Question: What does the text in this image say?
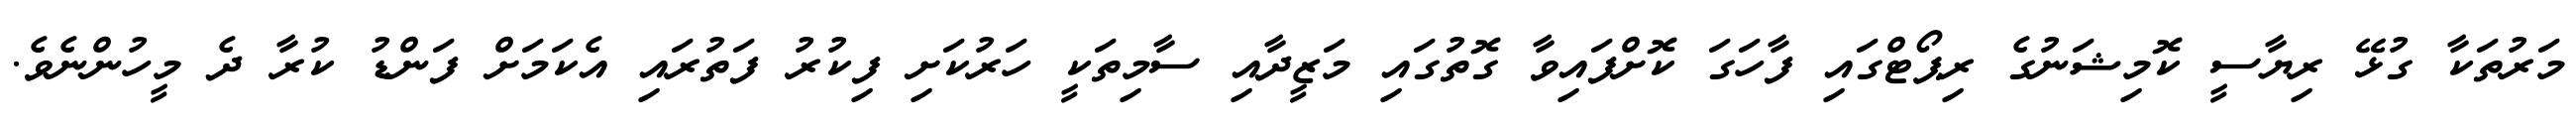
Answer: މަރުތަކާ ގުޅޭ ރިޔާސީ ކޮމިޝަނުގެ ރިޕޯޓްގައި ފާހަގަ ކޮށްފައިވާ ގޮތުގައި މަޒީދާއި ސާމިތަކީ ހަރުކަށި ފިކުރު ފަތުރައި އެކަމަށް ފަންޑު ކުރާ ދެ މީހުންނެވެ.